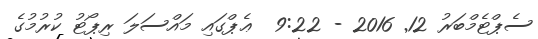
ސެޕްޓެމްބަރު 12